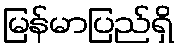
မြန်မာပြည်ရှိ